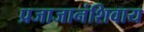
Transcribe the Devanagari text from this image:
प्रजाजानंशिवाय